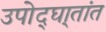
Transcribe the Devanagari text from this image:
उपोद्‌घा्तांत